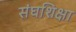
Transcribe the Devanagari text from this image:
संघशिक्षा